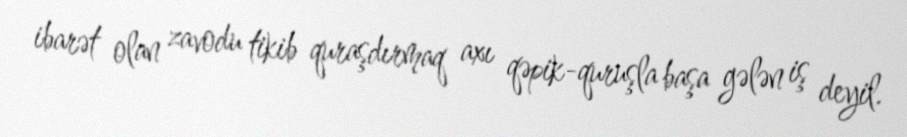
ibarət olan zavodu tikib quraşdırmaq axı qəpik-quruşla başa gələn iş deyil.